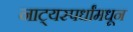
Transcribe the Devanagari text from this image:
नाट्यस्पर्धांमधून